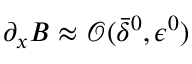
\partial _ { x } B \approx { \mathcal O } ( \bar { \delta } ^ { 0 } , { \epsilon } ^ { 0 } )